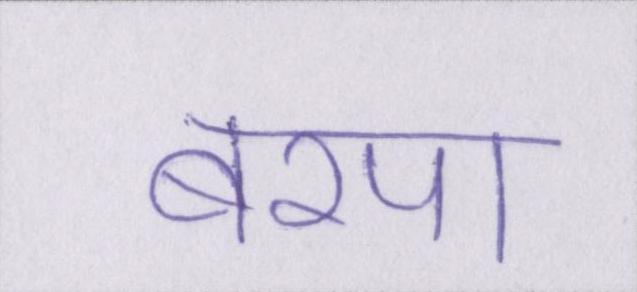
बरपा